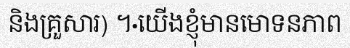
និងគ្រួសារ) ។·យើងខ្ញុំមានមោទនភាព